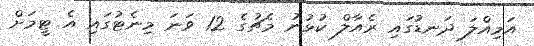
އަމިއްލަ ދަނޑުގައި ރެއާލް ކުޅުނު މެޗުގެ 12 ވަނަ މިނެޓުގައި އެ ޓީމަށް